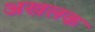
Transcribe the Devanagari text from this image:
अखलक